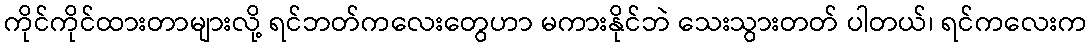
ကိုင်ကိုင်ထားတာများလို့ ရင်ဘတ်ကလေးတွေဟာ မကားနိုင်ဘဲ သေးသွားတတ် ပါတယ်၊ ရင်ကလေးက